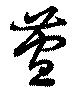
萱